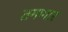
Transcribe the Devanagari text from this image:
तगणार